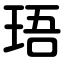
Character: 珸